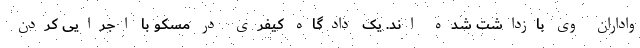
واداران وی بازداشت شده اند. یک دادگاه کیفری در مسکو با اجرایی کردن